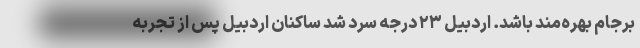
برجام بهره‌مند باشد. اردبیل ۲۳ درجه سرد شد ساکنان اردبیل پس از تجربه